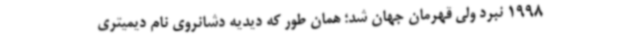
1998 نبرد ولی قهرمان جهان شد؛ همان طور که دیدیه دشانروی نام دیمیتری